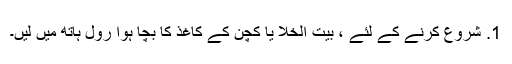
1. شروع کرنے کے لئے ، بیت الخلا یا کچن کے کاغذ کا بچا ہوا رول ہاتھ میں لیں۔